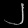
Digit: ၂